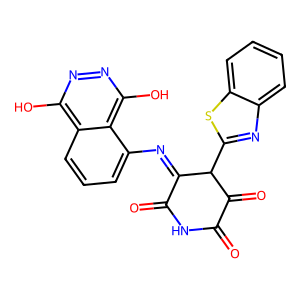
SMILES: O=C1NC(=O)C(=Nc2cccc3c(O)nnc(O)c23)C(c2nc3ccccc3s2)C1=O
Inhibits HIV replication: No